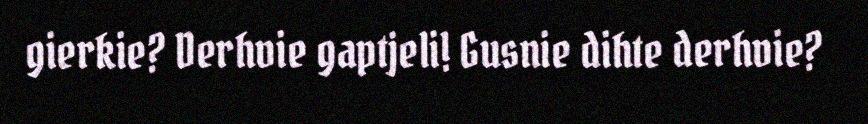
gierkie? Derhvie gaptjeli! Gusnie dihte derhvie?